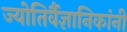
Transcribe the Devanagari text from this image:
ज्योतिर्वैज्ञानिकांनी